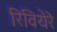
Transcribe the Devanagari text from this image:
रिवियेरे